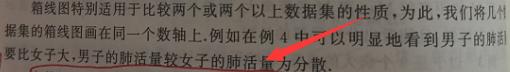
箱线图特别适用于比较两个或两个以上数据集的性质，为此，我们将几个数据集的箱线图画在同一个数轴上.例如在例 4 中可以明显地看到男子的肺活要比女子大，男子的肺活量较女子的肺活量更为分散.